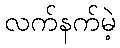
လက်နက်မဲ့